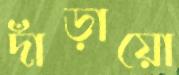
দাঁড়ায়ো